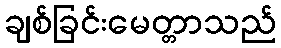
ချစ်ခြင်းမေတ္တာသည်